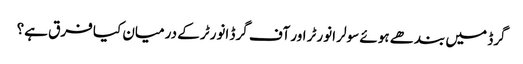
گرڈ میں بندھے ہوئے سولر انورٹر اور آف گرڈ انورٹر کے درمیان کیا فرق ہے؟